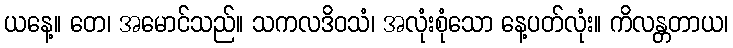
ယနေ့။ တေ၊ အမောင်သည်။ သကလဒိဝသံ၊ အလုံးစုံသော နေ့ပတ်လုံး။ ကိလန္တတာယ၊